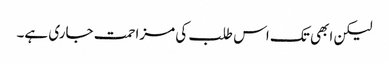
لیکن ابھی تک اس طلب کی مزاحمت جاری ہے۔